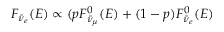
F _ { \bar { \nu } _ { e } } ( E ) \propto ( p F _ { \bar { \nu } _ { \mu } } ^ { 0 } ( E ) + ( 1 - p ) F _ { \bar { \nu } _ { e } } ^ { 0 } ( E )